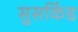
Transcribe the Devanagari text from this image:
सुसकिंड